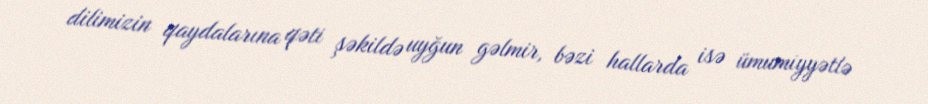
dilimizin qaydalarına qəti şəkildə uyğun gəlmir, bəzi hallarda isə ümumiyyətlə